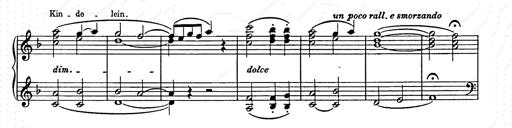
Title: Weihnachtsbaum
Composer: Franz Liszt